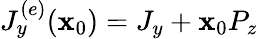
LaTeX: J_{y}^{(e)}(\mathbf{x}_{0})=J_{y}+\mathbf{x}_{0}P_{z}